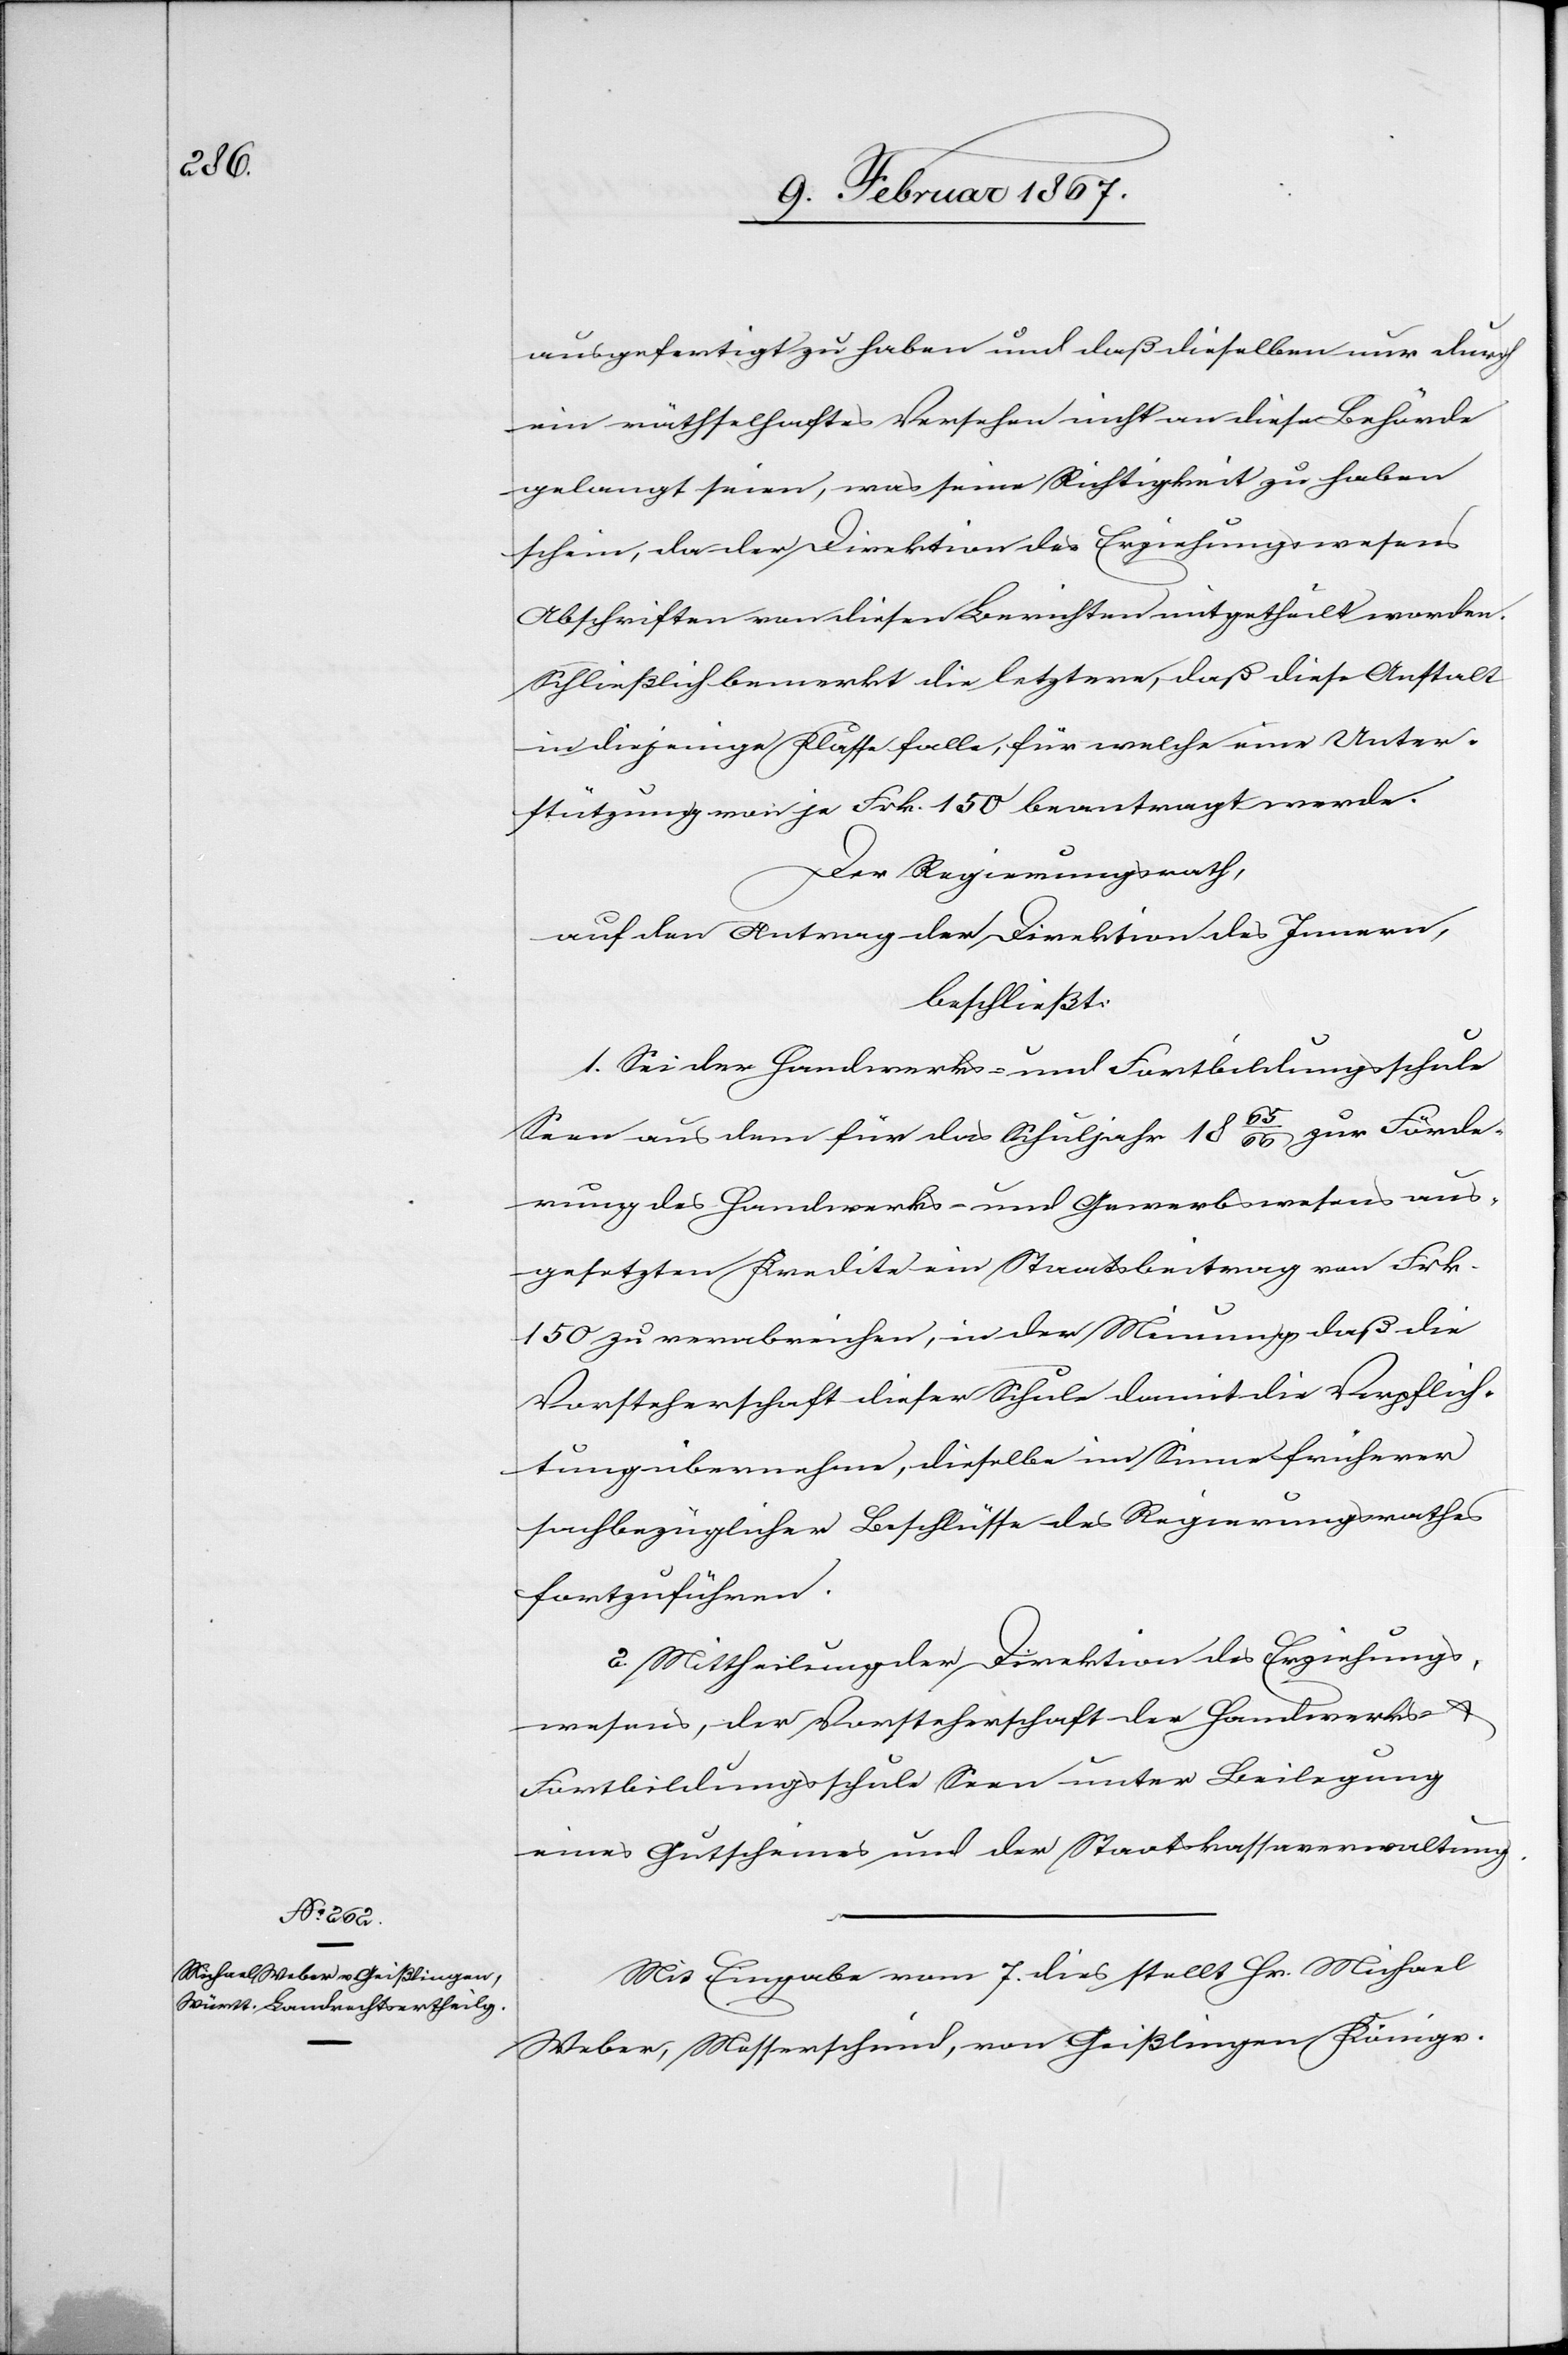
ausgefertigt zu haben und daß dieselben nur durch
ein räthselhaftes Versehen nicht an diese Behörde
gelangt seien, was seine Richtigkeit zu haben
schein[e], da der Direktion des Erziehungswesens
Abschriften von diesen Berichten mitgetheilt worden.
Schließlich bemerkt die letztere, daß diese Anstalt
in diejenige Klasse falle, für welche eine Unter¬
stützung von je Frk. 150 beantragt werde.
Der Regierungsrath,
auf den Antrag der Direktion des Innern,
beschließt:
1. Sei der Handwerks- und Fortbildungsschule
Seen aus dem für das Schuljahr 1865/66 zur Förde¬
rung des Handwerks- und Gewerbswesens aus¬
gesetzten Kredite ein Staatsbeitrag von Frk.
150 zu verabreichen, in der Meinung, daß die
Vorsteherschaft dieser Schule damit die Verpflich¬
tung übernehme, dieselbe im Sinne früherer
sachbezüglicher Beschlüsse des Regierungsrathes
fortzuführen.
2. Mittheilung der Direktion des Erziehungs¬
wesens, der Vorsteherschaft der Handwerks- u.
Fortbildungsschule Seen unter Beilegung
eines Gutscheines und der Staatskassaverwaltung.
Mit Eingabe vom 7. dies stellt Hr. Michael
Weber, Messerschmid, von Geißlingen Königr.